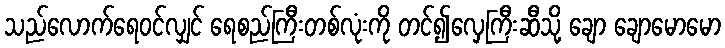
သည်လောက်ရေဝင်လျှင် ရေစည်ကြီးတစ်လုံးကို တင်၍လှေကြီးဆီသို့ ချော ချောမောမော